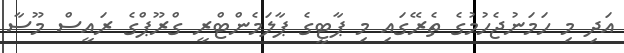
އަދި މި ހަމަނުޖެހުމުގެ ތެރޭގައި މި ޕާޓީގެ ޕާލަމެންޓްރީ ގްރޫޕްގެ ރައީސް މޫސާ